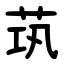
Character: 茿